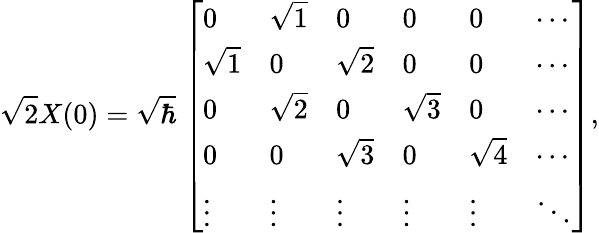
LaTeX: {\sqrt{2}}X(0)={\sqrt{\hbar}}\; {\left[\begin{array}{llllll}{0}&{{\sqrt{1}}}&{0}&{0}&{0}&{\cdots}\\ {{\sqrt{1}}}&{0}&{{\sqrt{2}}}&{0}&{0}&{\cdots}\\ {0}&{{\sqrt{2}}}&{0}&{{\sqrt{3}}}&{0}&{\cdots}\\ {0}&{0}&{{\sqrt{3}}}&{0}&{{\sqrt{4}}}&{\cdots}\\ {\vdots}&{\vdots}&{\vdots}&{\vdots}&{\vdots}&{\ddots}\end{array}\right]},